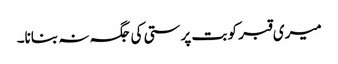
میری قبر کو بت پرستی کی جگہ نہ بنانا۔